King Institute of Preventive Medicine Bacteriolog. Section reports 1907-08
Year: 1907
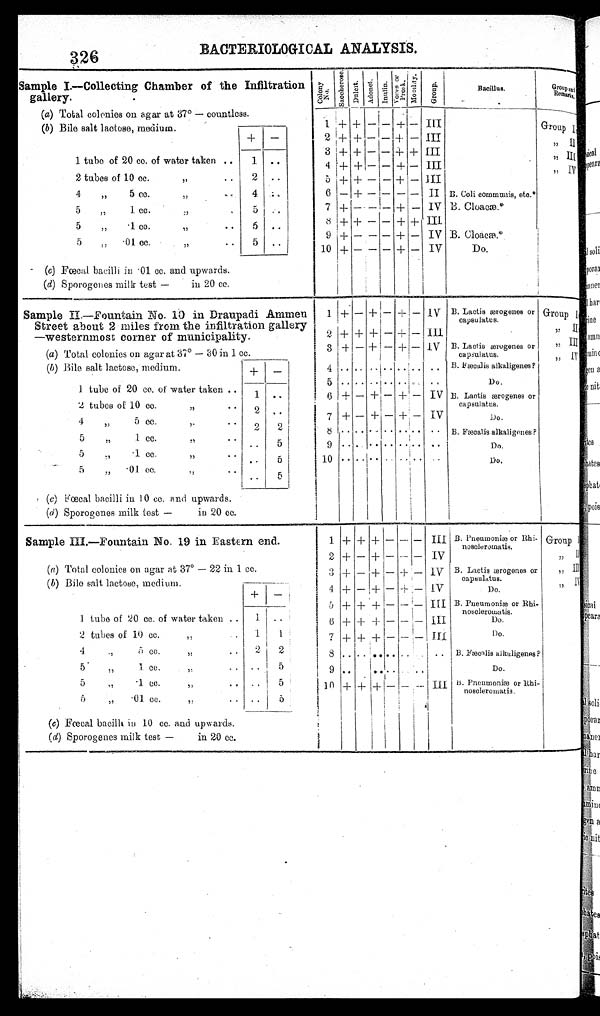
326
BACTERIOLOGICAL ANALYSIS.
Sample I.—Collecting Chamber of the Infiltration
gallery.
Col ony No.
S a c c h e r o s e .
Dul c i t . Adoni t .
I n u l i n .
Voges or Pr os k.Mobi l i t y.
G r o u p .
Bacillus.
Group
and Remarks.
( a) Total colonies on agar at 37° — countless.
(b) Bile salt lactose, medium.
1 + + – – + – III
Group
+
–
2
+
+ – – + – III
, , I
I
3
+ +
– – + + III
, , I I I
1 tube of 20 cc. of water taken ..
1 ..
4 + +
– – + – III
,, IV
2 tubes of 10 cc.
,,
..
2 ..
5
+ + – – + – III
4 ,, 5 cc.
,,
. .
4 ..
6 – + – – – – II B. Coli cornmunis, etc.*
5
,,
1 cc.
, , . .
5
..
7 + – – – + – IV B. Cloacæ.*
5
,, .1 cc. ,, ..
5
..
8 + + – – + + III
5
, , . 01 cc.
, , . .
5 ..
9 + – – – + – IV B. Cloacæ.*
10 + – – – + – IV
Do.
(c) Fœcal bacilli in .01 cc. and upwards.
(d) Sporogenes milk test —
in 20 cc.
Sample II.—Fountain No. 10 in Draupadi Amme
n
Street about 2 miles from the infiltration gallery
—westernmost corner of municipality.
1
+
– +
–
+
–
IV B. Lactis ærogenes or
capsulatus.
Group I
2
+ +
+ – + –
I I I
,, II
(a) Total colonies on agar at 37° — 30 in 1 cc.
3 + –
+ – + –
I V B. Lactis ærogenes or
capsulatus.
,, III
(b) Bile salt lactose, medium.
+
–
4 .. .. .. .. ..
.. ..
B. Fæcalis alkaligenes?
,, IV
5
.. .. .. .. .. . .
..
Do.
1 tube of 20 cc. of water taken ..
1
..
6
+ – + –
+ – IV B. Lactis ærogenes or capsulatus.
2 tubes of 10 cc. ,,
..
2 ..
7 + – + – + – IV Do.
4
, , 5cc ,, ..
2
2
8
.. .. .. .. .. .. .. B. Fæcalis alkaligenes?
5 ,, 1cc,, ..
..
5
9
.. .. .. .. .. .. ..
Do.
5
,, .1 cc. ,, ..
..
5
10 .. .. .. .. .. .. ..
D o .
5 ,, .01 cc.
, , . .
..
5
(c) Fœcal bacilli in 10 cc. and upwards.
(d) Sporogenes milk test —
in 20 cc.
Sample III.—Fountain No. 19 in Eastern end.
1 + + +
– – –
I I I B. Pneumoniæ or Rhi-
noscleromatis.
Group I
2 + – + – – – IV
,, II
(a) Total colonies on agar at 37° — 22 in 1 cc.
3 + – + – + – IV B. Lactis ærogenes or capsulatus.
,, III
( b) Bile salt lactose, medium.
+
–
4
+ –
+
– + –
I V
Do.
, , I V
5 + + + – – –
I I I B. Pneumoniæ or Rhi-
noscleromatis.
1 tube of 20 cc. of water taken ..
1 ..
6 + + + – – –
I I I
Do.
2 tubes of 10 cc.
,,
1
1
7 + + + – – – III
Do.
4
,, 5 cc. ,,
..
2
2
8 .. .. .. .. .. ..
.. B. Fæcalis alkaligenes?
5
,, 1. cc.
,, ..
..
5
9 .. .. .. .. .. .. ..
Do.
5
,,
.1 cc.
,,
.. ..
5
1 0 + + + – – –
I I I B. Pneumoniæ or Rhi-
noscleromatis.
5
„
.01 cc.
,,
..
..
5
(c) Fœcal bacilli in 10 cc. and upwards.
(d) Sporogenes milk test —
in 20 cc.